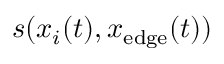
s ( x _ { i } ( t ) , x _ { \mathrm { e d g e } } ( t ) )